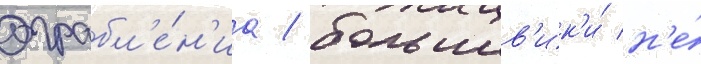
ограбл'е́н'иа / большев'ик'и́ н'е́